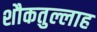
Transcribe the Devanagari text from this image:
शौकतुल्लाह